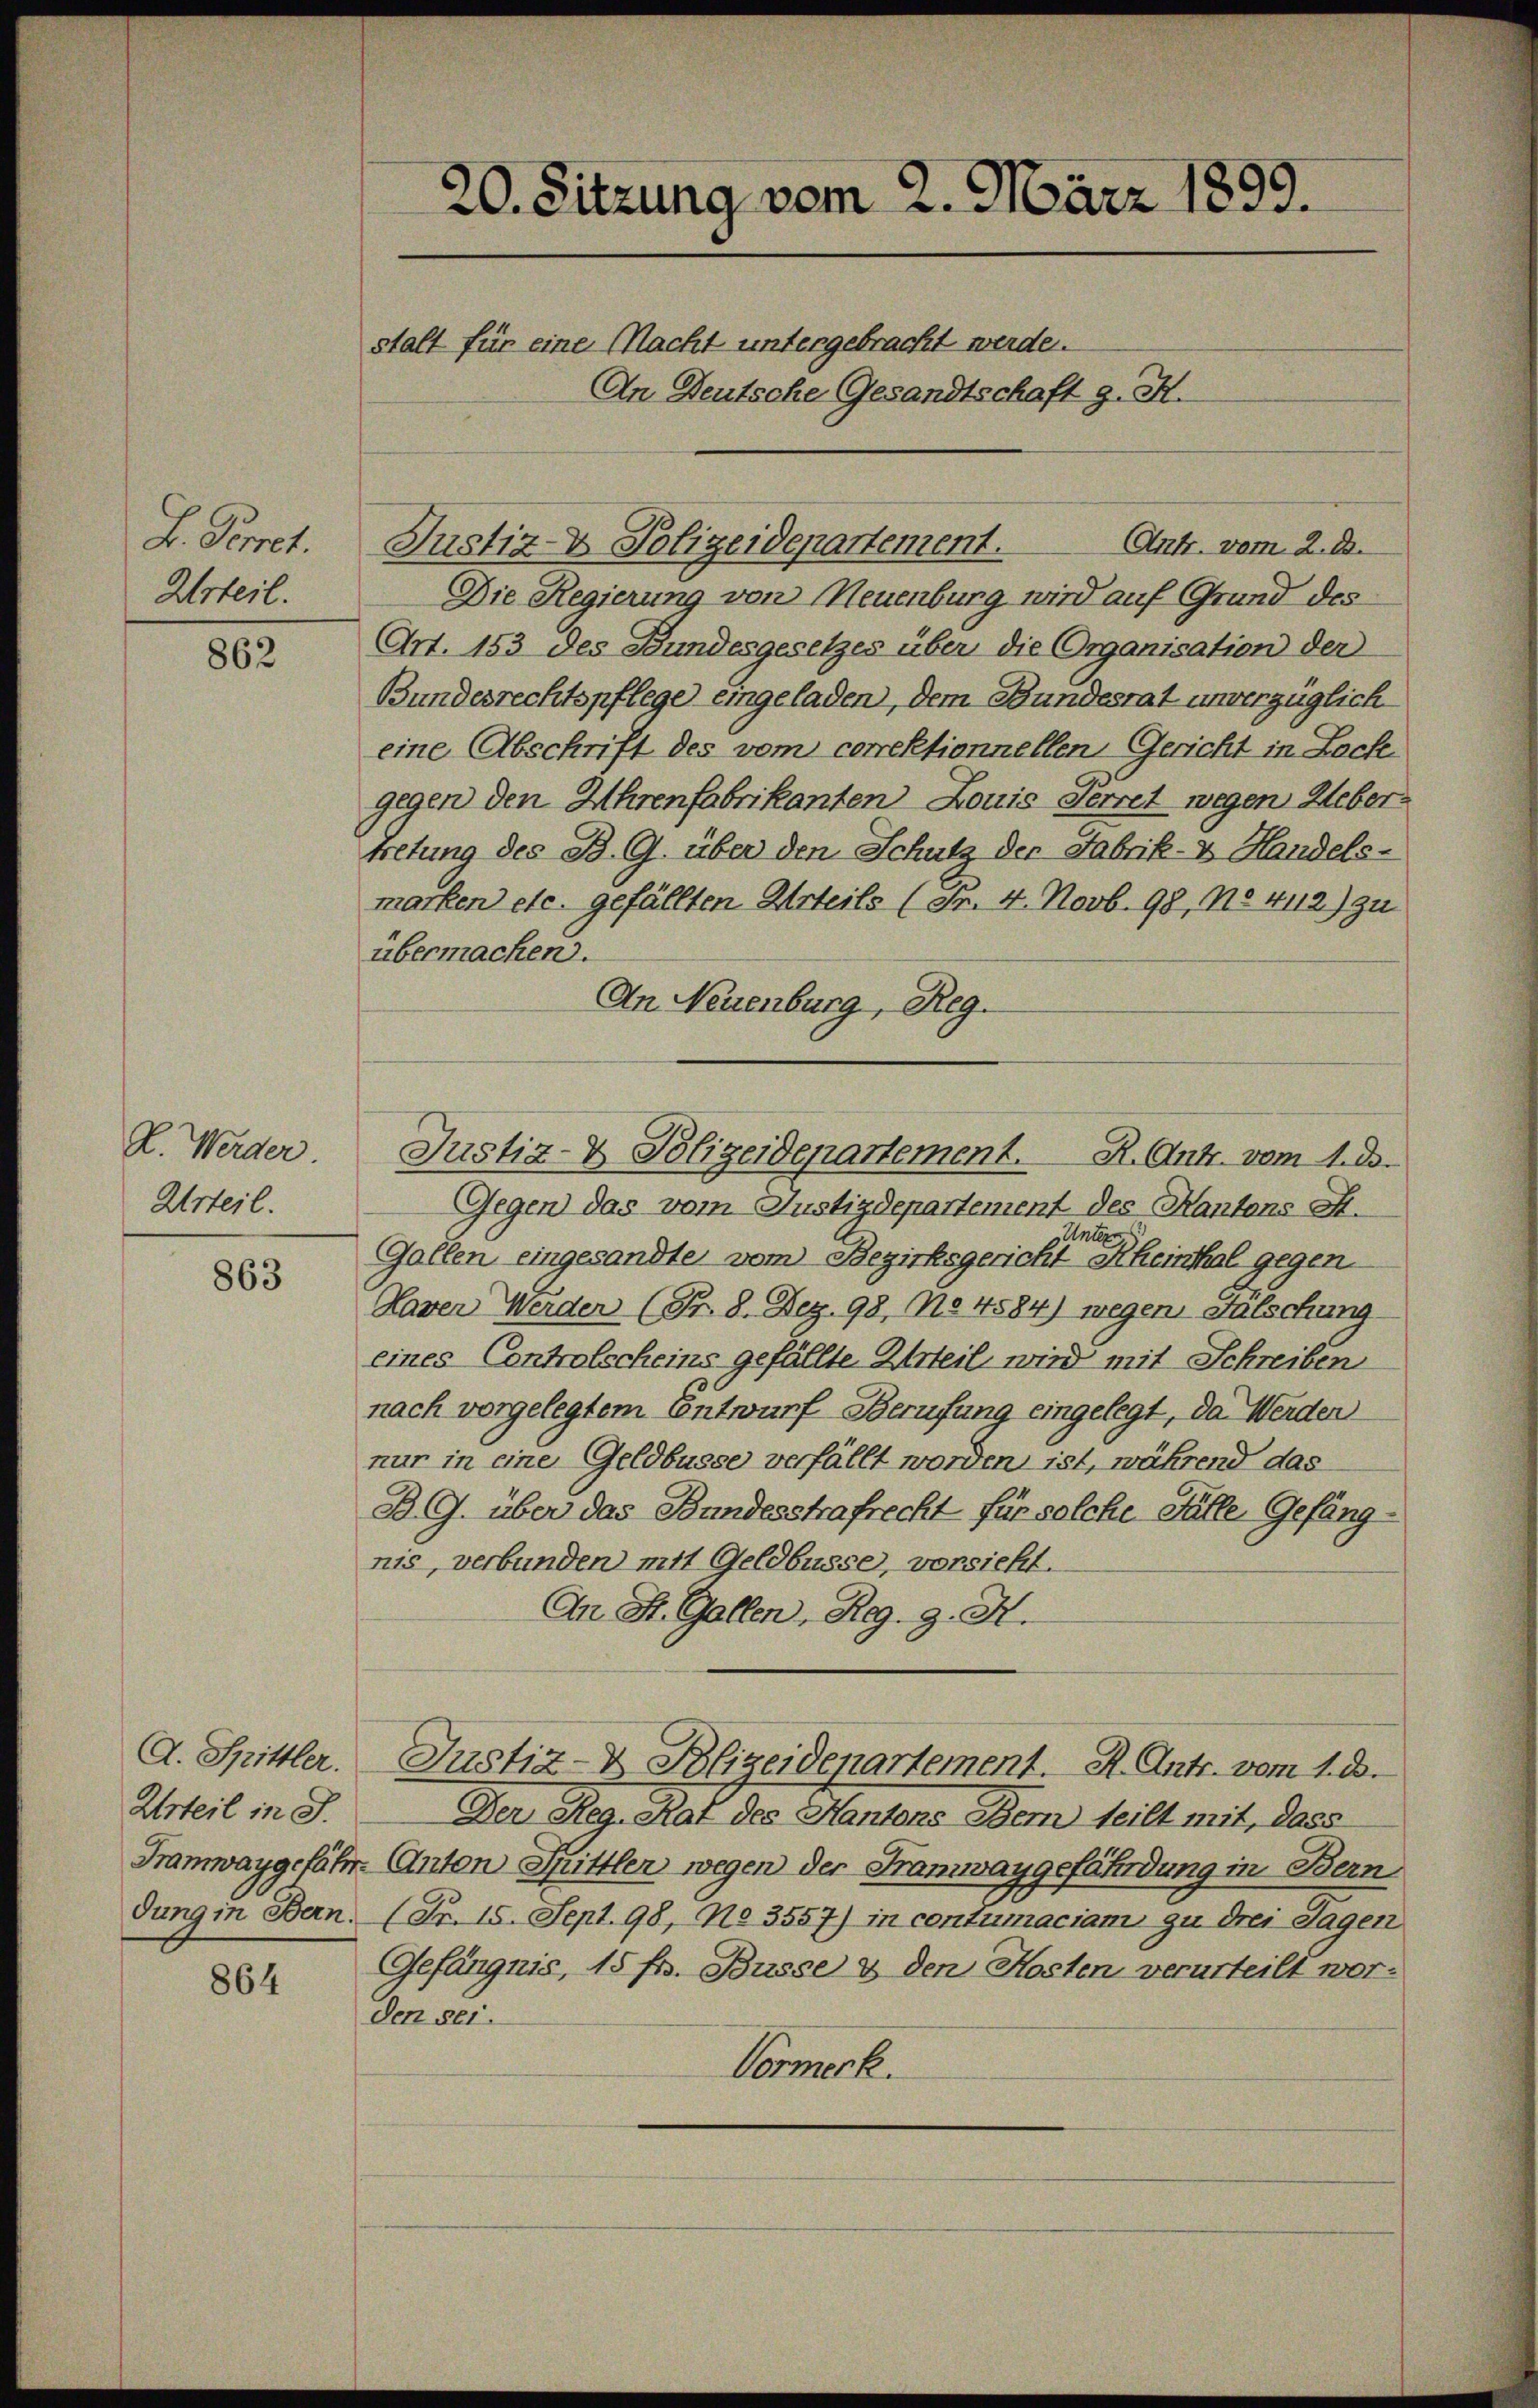
L. Poret.
Urteil.

862

R. Werder.
Urteil.

863

A. Spittler.
Urteil in J.
dung in Bern.

864

20. Sitzung vom 2. März 1899.
stalt für eine Nacht untergebracht werde.
An Deutsche Gesandtschaft g. H.

Die Regierung von Neuenburg wird auf Grund des
Art. 153 des Bundesgesetzes über die Organisation der
Bundesrechtspflege eingeladen, dem Bundesrat unverzüglich
eine Abschrift des vom correktionnellen Gericht in Lack
gegen den Uhrenfabrikanten Louis Herret wegen Uebertretung des B. G. über den Schutz der Fabrik- & Handels-
marken etc. gefällten Urteils (Fr. 4. Novb. 98, No 4112) zu
übermachen.
An Neuenburg, Reg.
Gegen das vom Justizdepartement des Kantons St.
Unter
Gallen eingesandte, vom Bezirksgericht Rheinthal gegen
Haven Werder (S. 8. Dez. 98, No 4584) wegen Stalschung
eines Controlscheins gefällte Urteil wird mit Schreiben
nach vorgelegtem Entwurf Berufung eingelegt, da Werden
nur in eine Geldbusse verfällt worden ist, während das
BG. über das Bundesstrafrecht für solche Fälle Gefängnis, verbunden mit Geldbusse, vorsieht.
An St. Gallen, Reg. 9. X.
Justiz- & Blizeidepartement. R. Antr. vom 1. d.
Der Reg. Rat des Hantons Bern teilt mit, dass
Tramwaygefähr. (Anton Sittlen wegen der Tramwaygefährdung in Bern
(Fr. 15. Sept. 98, No 3557) in contumaciam zu drei Tagen
Gefängnis, 15 fr. Busse & den Kosten verurteilt worden sei.
Vormerk.

Ant. vom 2. D.
Justiz- & Polizeidepartement.

Justiz- & Polizeidepartement. R. Ant. vom 1. d.